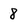
Character: 8